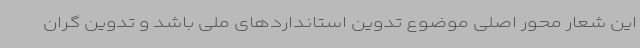
این شعار محور اصلی موضوع تدوین استانداردهای ملی باشد و تدوین گران